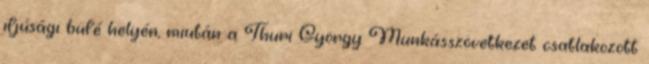
ifjúsági büfé helyén, miután a Thuri György Munkásszövetkezet csatlakozott